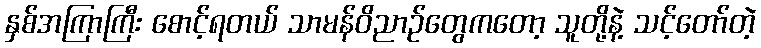
နှစ်အကြာကြီး စောင့်ရတယ် သာမန်ဝိညာဉ်တွေကတော့ သူတို့နဲ့ သင့်တော်တဲ့